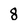
Character: 8